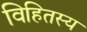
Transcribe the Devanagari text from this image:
विहितस्य